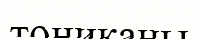
тониканы